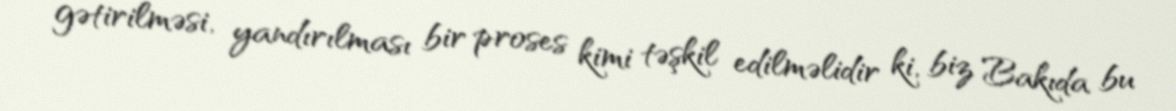
gətirilməsi, yandırılması bir proses kimi təşkil edilməlidir ki, biz Bakıda bu